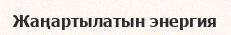
Жаңартылатын энергия